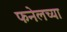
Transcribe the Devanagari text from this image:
फनेलच्या